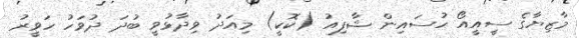
މާޒިޔާގެ ސީއީއޯ ހުސައިން ޝާފިއު (ކޮކީ) މިއަދު ވިދާޅުވީ ބުދަ ދުވަހު ހަވީރު